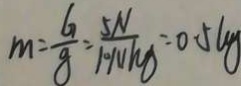
m = \frac { G } { g } = \frac { 5 N } { 1 0 N k g } = 0 . 5 k g